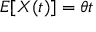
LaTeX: E [ X ( t ) ] = \theta t